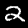
Digit: 2